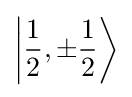
\left|{\frac {1}{2}},\pm {\frac {1}{2}}\right\rangle